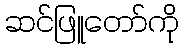
ဆင်ဖြူတော်ကို